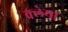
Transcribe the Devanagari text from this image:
क्लेया